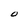
Character: O